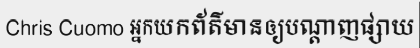
Chris Cuomo អ្នកយកព័ត៌មានឲ្យបណ្តាញផ្សាយ